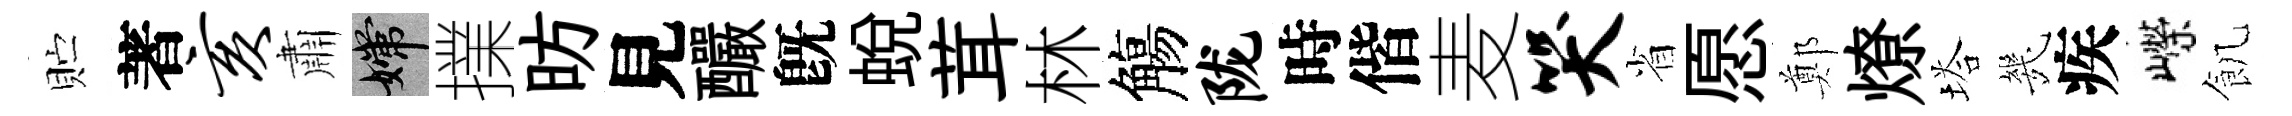
贮著亥肅嫦擈昉見釅旣蛻茸林觴陇時偕麦哭省愿鄭燎塔㡬疾嶸飢